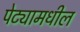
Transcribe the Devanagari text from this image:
पेट्यामधील